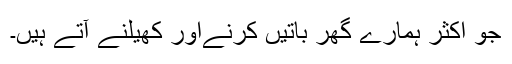
جو اکثر ہمارے گھر باتیں کرنےاور کھیلنے آتے ہیں۔